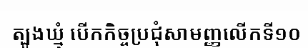
ត្បូងឃ្មុំ បើកកិច្ចប្រជុំសាមញ្ញលើកទី១០